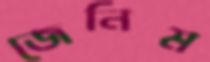
জেনিম